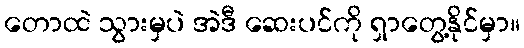
တောထဲ သွားမှပဲ အဲဒီ ဆေးပင်ကို ရှာတွေ့နိုင်မှာ။